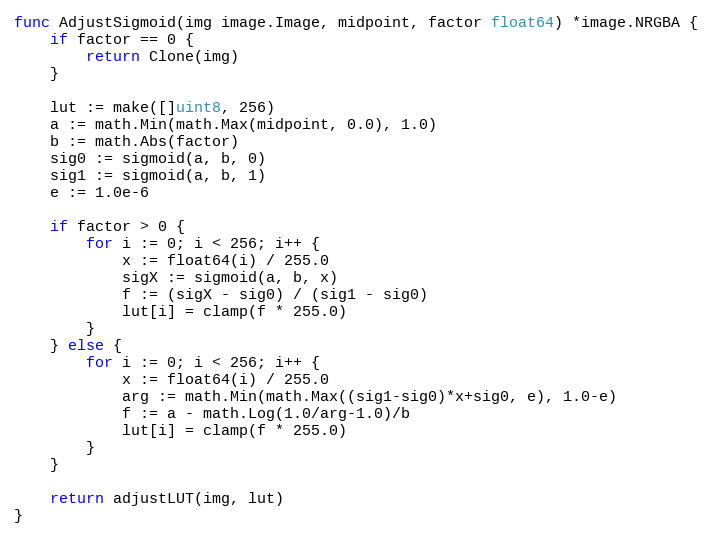
Language: Go
func AdjustSigmoid(img image.Image, midpoint, factor float64) *image.NRGBA {
	if factor == 0 {
		return Clone(img)
	}

	lut := make([]uint8, 256)
	a := math.Min(math.Max(midpoint, 0.0), 1.0)
	b := math.Abs(factor)
	sig0 := sigmoid(a, b, 0)
	sig1 := sigmoid(a, b, 1)
	e := 1.0e-6

	if factor > 0 {
		for i := 0; i < 256; i++ {
			x := float64(i) / 255.0
			sigX := sigmoid(a, b, x)
			f := (sigX - sig0) / (sig1 - sig0)
			lut[i] = clamp(f * 255.0)
		}
	} else {
		for i := 0; i < 256; i++ {
			x := float64(i) / 255.0
			arg := math.Min(math.Max((sig1-sig0)*x+sig0, e), 1.0-e)
			f := a - math.Log(1.0/arg-1.0)/b
			lut[i] = clamp(f * 255.0)
		}
	}

	return adjustLUT(img, lut)
}